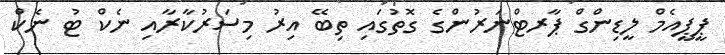
ޕީޕީއެމް ލީޑިންގް ޕާރޓްނަރުންގެ ގޮތުގައި ތިބޭ އިރު މިސަރުކާރާއި ނެކް ޓު ނެކް